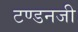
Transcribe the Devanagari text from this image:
टण्डनजी